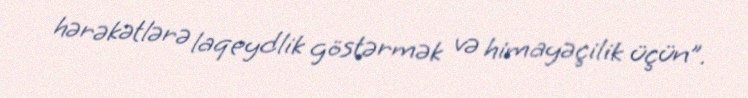
hərəkətlərə laqeydlik göstərmək və himayəçilik üçün”.